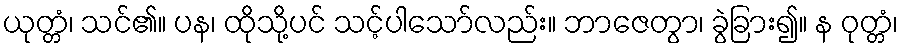
ယုတ္တံ၊ သင်၏။ ပန၊ ထိုသို့ပင် သင့်ပါသော်လည်း။ ဘာဇေတွာ၊ ခွဲခြား၍။ န ဝုတ္တံ၊